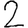
Digit: 2